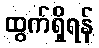
ထွက်ရှိရန်